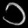
Digit: ၁